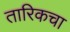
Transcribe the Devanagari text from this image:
तारिकचा